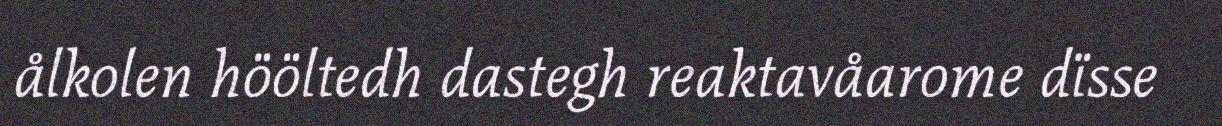
ålkolen hööltedh dastegh reaktavåarome dïsse